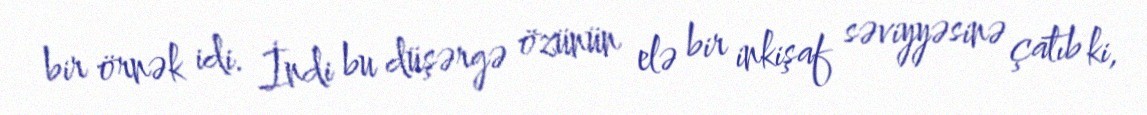
bir örnək idi. İndi bu düşərgə özünün elə bir inkişaf səviyyəsinə çatıb ki,